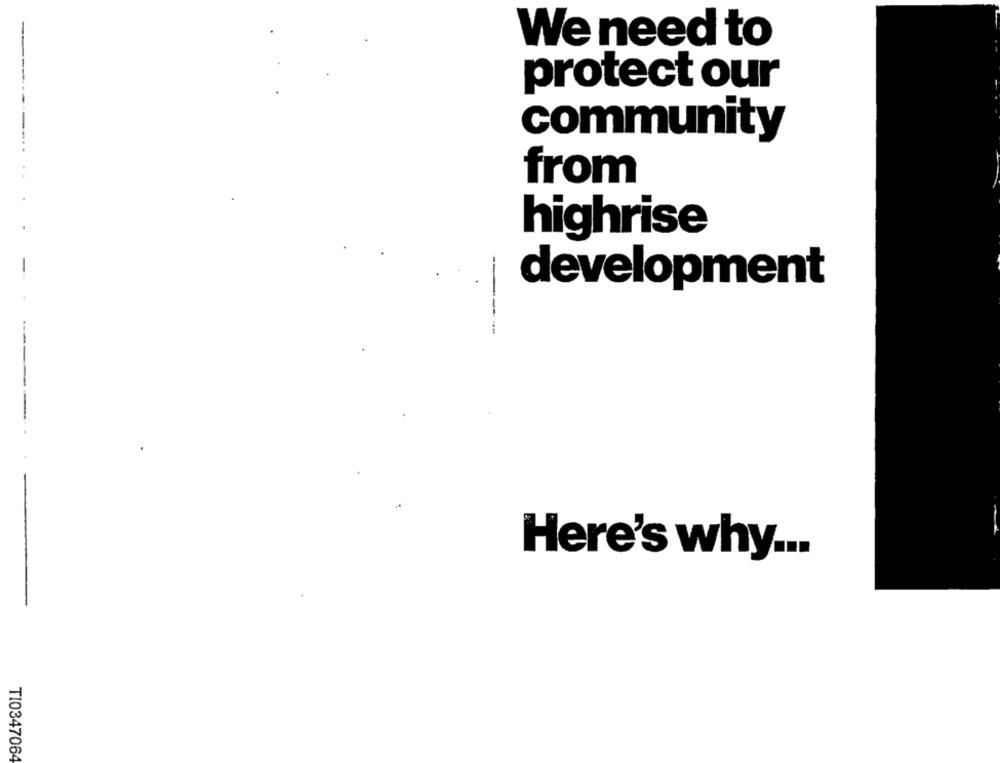
-
We need to
protect our
community
from
highrise
development
-----
Here's why ...
TI0347064